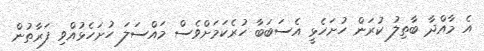
އެ މާއްދާ ބާތިލު ކުރަން ހުށަހެޅީ އެސަބަބާ ހުރެކަމަށްވެސް މައްސަލަ ހުށަހެޅުއްވި ފަރާތުން